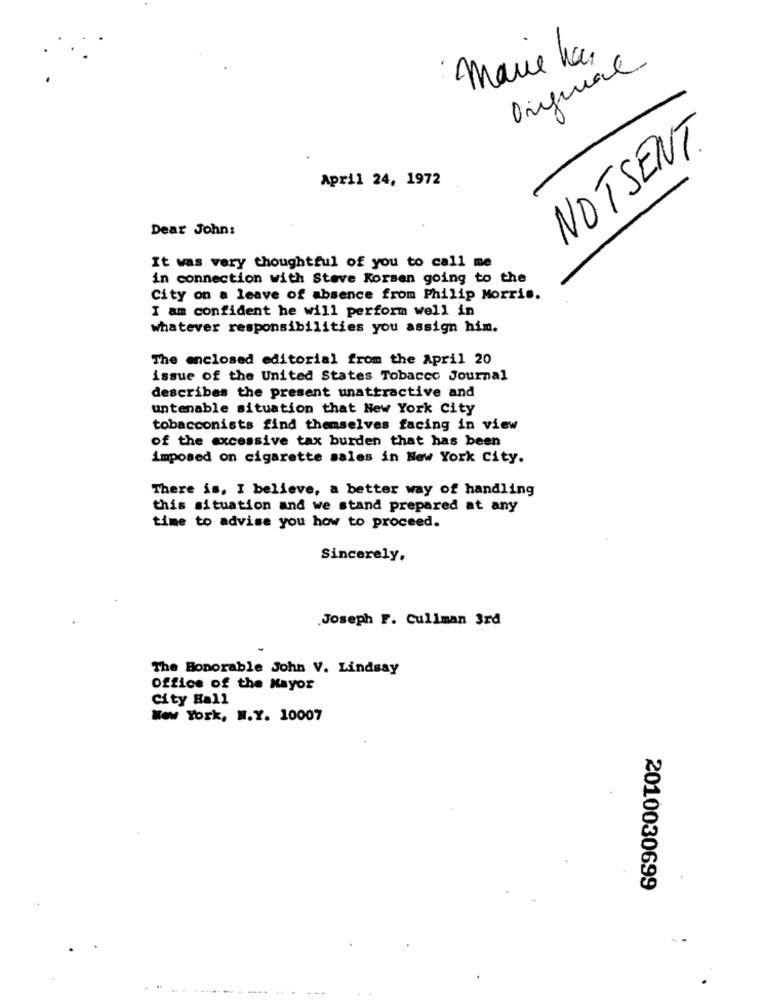
mare has
Original
NOTSENT.
April 24, 1972
Dear John:
It was very thoughtful of you to call me
in connection with Steve Korsen going to the
City on a leave of absence from Philip Morris.
I am confident he will perform well in
whatever responsibilities you assign him.
The enclosed editorial from the April 20
issue of the United States Tobacco Journal
describes the present unattractive and
untenable situation that New York City
tobacconists find themselves facing in view
of the excessive tax burden that has been
imposed on cigarette sales in New York City.
There is, I believe, a better way of handling
this situation and we stand prepared at any
time to advise you how to proceed.
Sincerely,
Joseph F. Cullman 3rd
The Honorable John V. Lindsay
Office of the Mayor
City Hall
New York, N.Y. 10007
2010030699
..-------.. ...
--